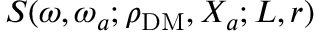
S ( \omega , \omega _ { a } ; \rho _ { \mathrm { D M } } , X _ { a } ; L , r )